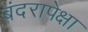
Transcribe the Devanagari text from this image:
बंदरापेक्षा